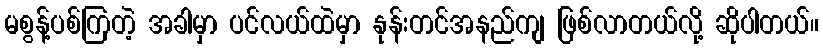
မစွန့်ပစ်ကြတဲ့ အခါမှာ ပင်လယ်ထဲမှာ နုန်းတင်အနည်ကျ ဖြစ်လာတယ်လို့ ဆိုပါတယ်။